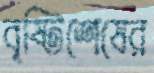
বৃষ্টিশেষের